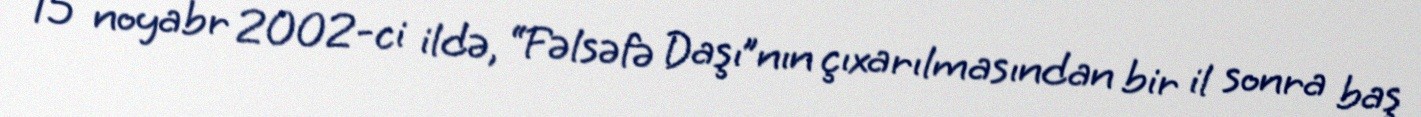
15 noyabr 2002-ci ildə, “Fəlsəfə Daşı”nın çıxarılmasından bir il sonra baş